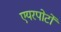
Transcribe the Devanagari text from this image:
एयरपोर्टों